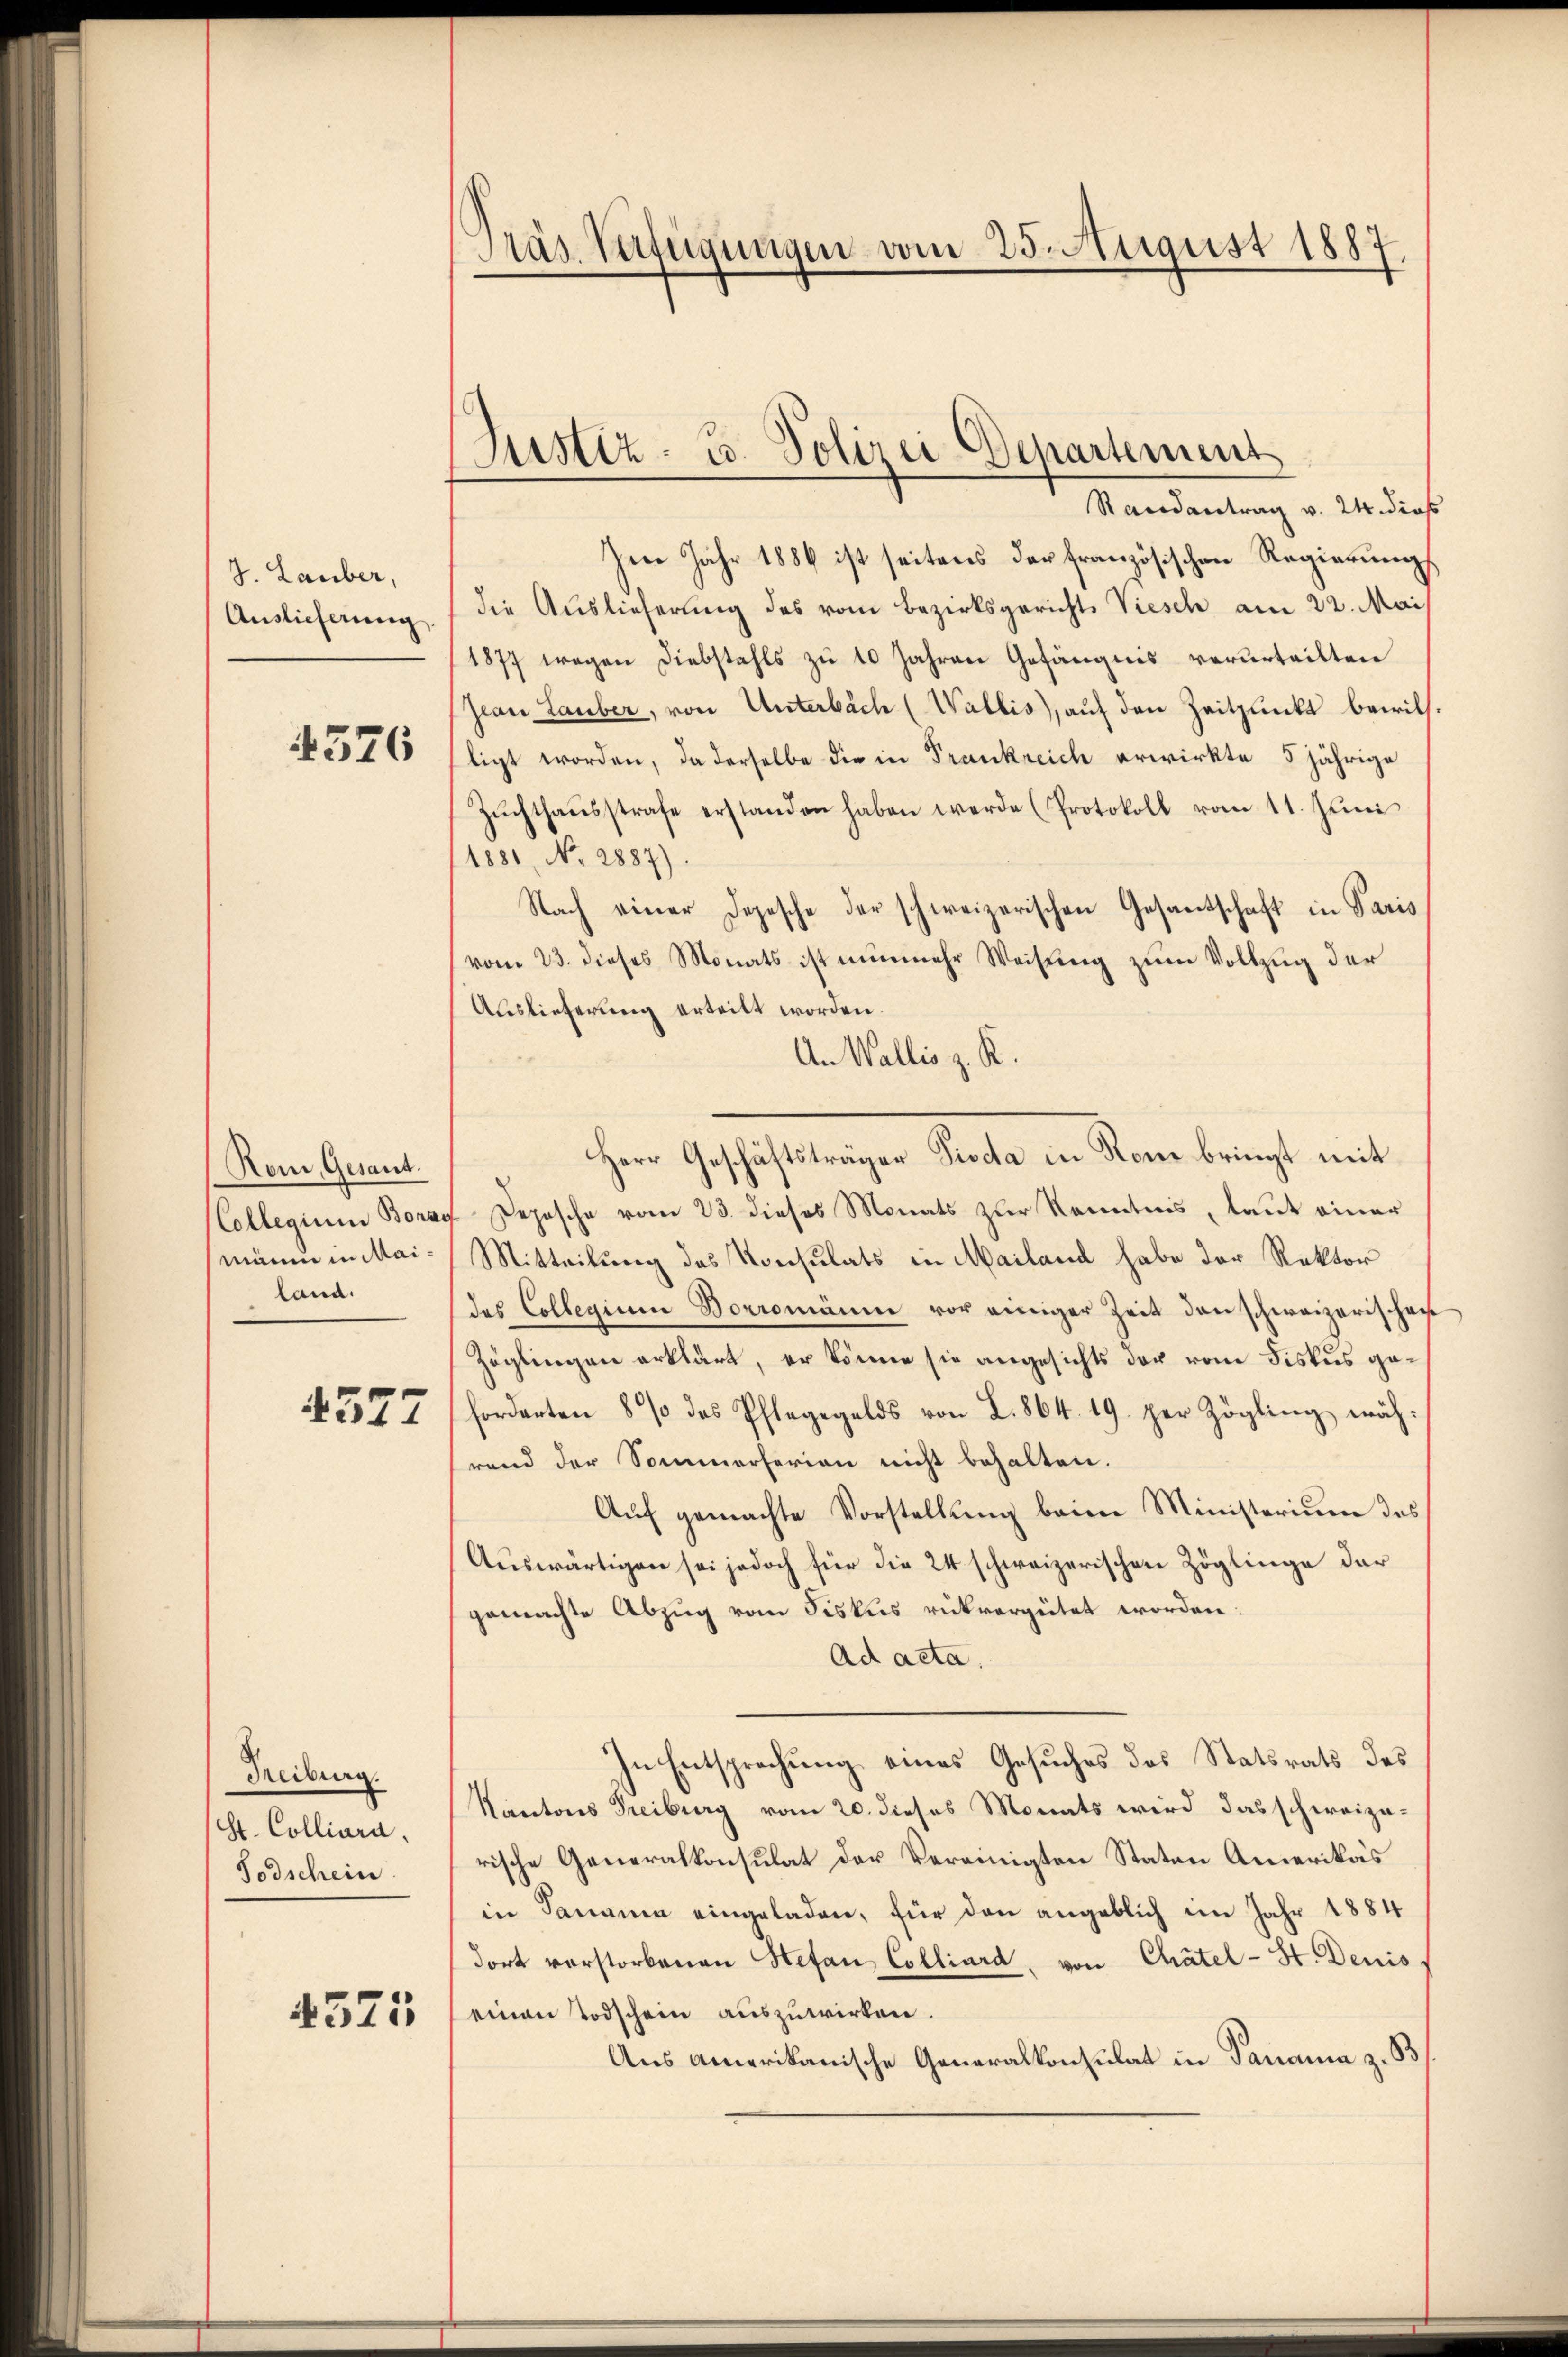
J. Lauber,
Auslieferung

376

Rom, Gesant.
Collegium Borau
manin in Mailand.

4577

Treiburg.
St. Colliara.
Todschein

4375

Das Verfügungen vom 25. August 1887.

Justiz- u. Polizei-Departement

Randantrag v. 24. dies
Im Jahr 1884 ist seitens der französischen Regierung
die Auslieferung des vom Bezirksgericht Viesch am 22. Mai
1877 wegen Diebstahls zu 10 Jahren Gefängnis verurteilten
Jean Lauber, von Unterbach (Wallis), auf den Zeitpunkt bewill.
ligt worden, da derselbe die in Frankreich erwirkte 5 jährige
Zŭchthaŭsstrafe erstanden haben werde (Protokoll vom 11. Juni
1881, No. 2887).
Nach einer Depesche der schweizerischen Gesantschaft in Paris
vom 23. dieses Monats ist nunmehr Weisung zum Vollzug der
Auslieferung erteilt worden.
An Wallis z. K.
Herr Geschäftsträger Pioda in Rone bringt mit
Depesche vom 23. dieses Monats zur Kenntnis, laut einer
Mitteilung des Konsulats in Mailand habe der Rektor
des Collegium Borromänen vor einiger Zeit den schweizerischen
Zöglingen erklärt, er könne sie angesichts der vom Fiskus geforderten 8 % des Pflegegelds von L. 864. 19. per Zögling während der Sommerferien nicht behalten.
Auf gemachte Vorstellung beim Ministerium des
Auswärtigen sei jedoch für die 24 schweizerischen Zöglinge der
gemachte Abzug vom Fiskus rükvergütet worden:
Ad acta.
In Entsprechung eines Gesuches des Statsrats des
Kantons Freiburg vom 20. dieses Monats wird das schweizerische Generalkonsulat der Vereinigten Staten Amerikas
in Sanania eingeladen, für den angeblich im Jahr 1884
dort vorstorbenen Stefan Colliard, von Chätel-St. Denis
einen Todschein auszuwirken.
Aus amerikanische Generalkonsulat in Panama z. B